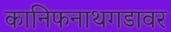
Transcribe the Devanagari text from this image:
कानिफनाथगडावर